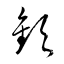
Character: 顦